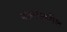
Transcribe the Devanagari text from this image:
मजल्यवरील